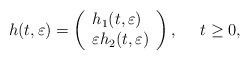
LaTeX: \begin{align*} h(t,\varepsilon)=\left(\begin{array}{l}h_{1}(t,\varepsilon) \\\varepsilon h_{2}(t,\varepsilon)\end{array}\right),\ \ \ \ t \ge 0,\end{align*}